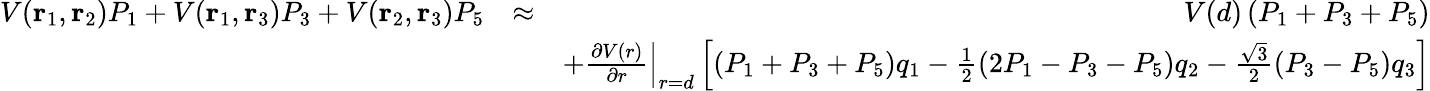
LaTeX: \begin{array}{rlr}{V(\mathbf{r}_{1},\mathbf{r}_{2})P_{1}+V(\mathbf{r}_{1},\mathbf{r}_{3})P_{3}+V(\mathbf{r}_{2},\mathbf{r}_{3})P_{5}}&{\approx}&{V(d)\left(P_{1}+P_{3}+P_{5}\right)}\\ &{}&{+\left.\frac{\partial V(r)}{\partial r}\right|_{r=d}\left[(P_{1}+P_{3}+P_{5})q_{1}-\frac{1}{2}(2P_{1}-P_{3}-P_{5})q_{2}-\frac{\sqrt{3}}{2}(P_{3}-P_{5})q_{3}\right]}\end{array}